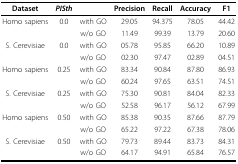
| Dataset | PISth |  | Precision | Recall | Accuracy | F1 |
 | --- | --- | --- | --- | --- | --- | --- |
 | Homo sapiens | 0.0 | with GO | 29.05 | 94.375 | 78.05 | 44.42 |
 |  |  | w/o GO | 11.49 | 99.39 | 13.79 | 20.60 |
 | S. Cerevisiae | 0.0 | with GO | 05.78 | 95.85 | 66.20 | 10.89 |
 |  |  | w/o GO | 02.30 | 97.47 | 02.89 | 04.51 |
 | Homo sapiens | 0.25 | with GO | 83.34 | 90.84 | 87.80 | 86.93 |
 |  |  | w/o GO | 60.24 | 97.65 | 63.51 | 74.51 |
 | S. Cerevisiae | 0.25 | with GO | 75.30 | 90.81 | 84.04 | 82.33 |
 |  |  | w/o GO | 52.58 | 96.17 | 56.12 | 67.99 |
 | Homo sapiens | 0.50 | with GO | 85.38 | 90.35 | 87.66 | 87.79 |
 |  |  | w/o GO | 65.22 | 97.22 | 67.38 | 78.06 |
 | S. Cerevisiae | 0.50 | with GO | 79.73 | 89.44 | 83.73 | 84.31 |
 |  |  | w/o GO | 64.17 | 94.91 | 65.84 | 76.57 |